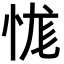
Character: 㤶